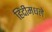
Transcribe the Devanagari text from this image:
हिंदीमधले